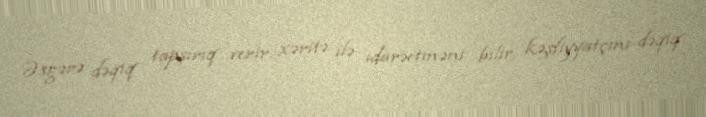
Əsgərə dəqiq tapşırıq verir, xəritə ilə idarəetməni bilir, kəşfiyyatçını dəqiq